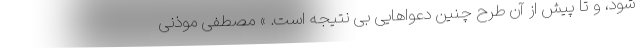
شود، و تا پیش از آن طرح چنین دعواهایی بی نتیجه است. » مصطفی موذنی